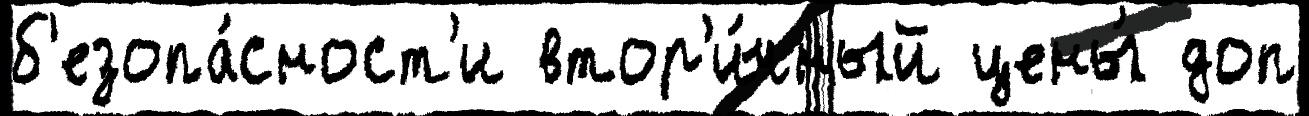
б'езопа́сност'и втор'и́чный цены́ доп